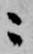
ニ